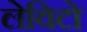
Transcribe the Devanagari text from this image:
लेविटो